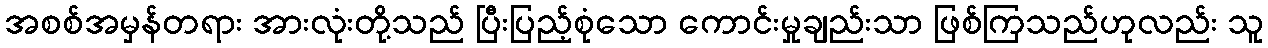
အစစ်အမှန်တရား အားလုံးတို့သည် ပြီးပြည့်စုံသော ကောင်းမှုချည်းသာ ဖြစ်ကြသည်ဟုလည်း သူ